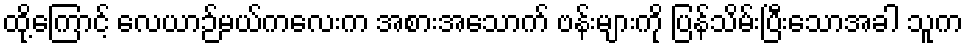
ထို့ကြောင့် လေယာဉ်မယ်ကလေးက အစားအသောက် ဗန်းများကို ပြန်သိမ်းပြီးသောအခါ သူက